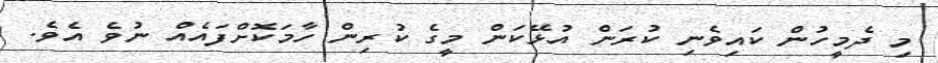
މި ދެމީހުން ކައިވެނި ކުރަން އުޅޭކަން މީގެ ކުރިން ހާމަކޮށްފައެއް ނުވެ އެވެ.